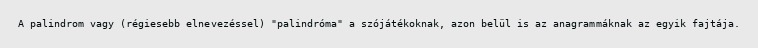
A palindrom vagy (régiesebb elnevezéssel) "palindróma" a szójátékoknak, azon belül is az anagrammáknak az egyik fajtája.